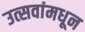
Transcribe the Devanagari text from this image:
उत्सवांमधून